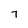
Character: 7